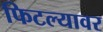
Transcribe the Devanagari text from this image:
फिटल्यावर